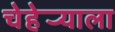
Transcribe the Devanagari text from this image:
चेहेर्‍याला